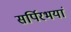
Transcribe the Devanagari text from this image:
सर्पिरभयां